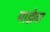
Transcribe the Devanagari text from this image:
माझेवर